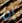
إن